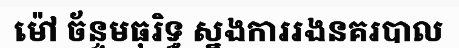
ម៉ៅ ច័ន្ទមធុរិទ្ធ ស្នងការរងនគរបាល